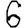
Digit: 6